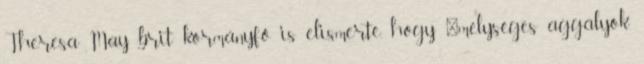
Theresa May brit kormányfő is elismerte, hogy "mélységes aggályok